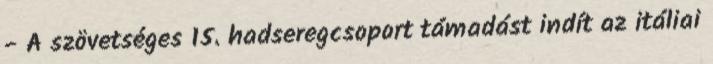
- A szövetséges 15. hadseregcsoport támadást indít az itáliai